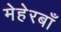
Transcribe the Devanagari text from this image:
मेहेरबाँ